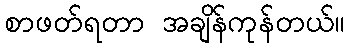
စာဖတ်ရတာ အချိန်ကုန်တယ်။